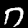
Label: 7